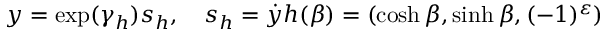
y = \exp ( \gamma _ { h } ) s _ { h } , \ \ \ s _ { h } = \dot { y } h ( \beta ) = ( \cosh \beta , \sinh \beta , ( - 1 ) ^ { \varepsilon } )